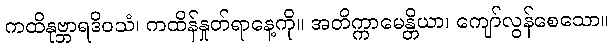
ကထိနုဗ္ဘာရဒိဝသံ၊ ကထိန်နှုတ်ရာနေ့ကို။ အတိက္ကာမေန္တိယာ၊ ကျော်လွန်စေသော။